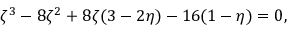
\zeta ^ { 3 } - 8 \zeta ^ { 2 } + 8 \zeta ( 3 - 2 \eta ) - 1 6 ( 1 - \eta ) = 0 ,